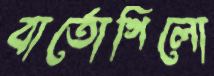
বার্তোগিলো